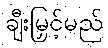
ချီးမြှင့်မည်